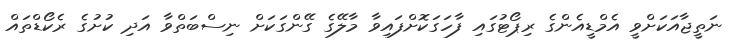
ނަތީޖާއަކަށްވީ އެމްޑީއެންގެ ރިޕޯޓުގައި ފާހަގަކޮށްފައިވާ މާލޭގެ ގޭންގަކަށް ނިސްބަތްވާ އަދި ކުށުގެ ރެކޯޑްތައް